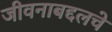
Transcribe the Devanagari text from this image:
जीवनाबद्दलचे